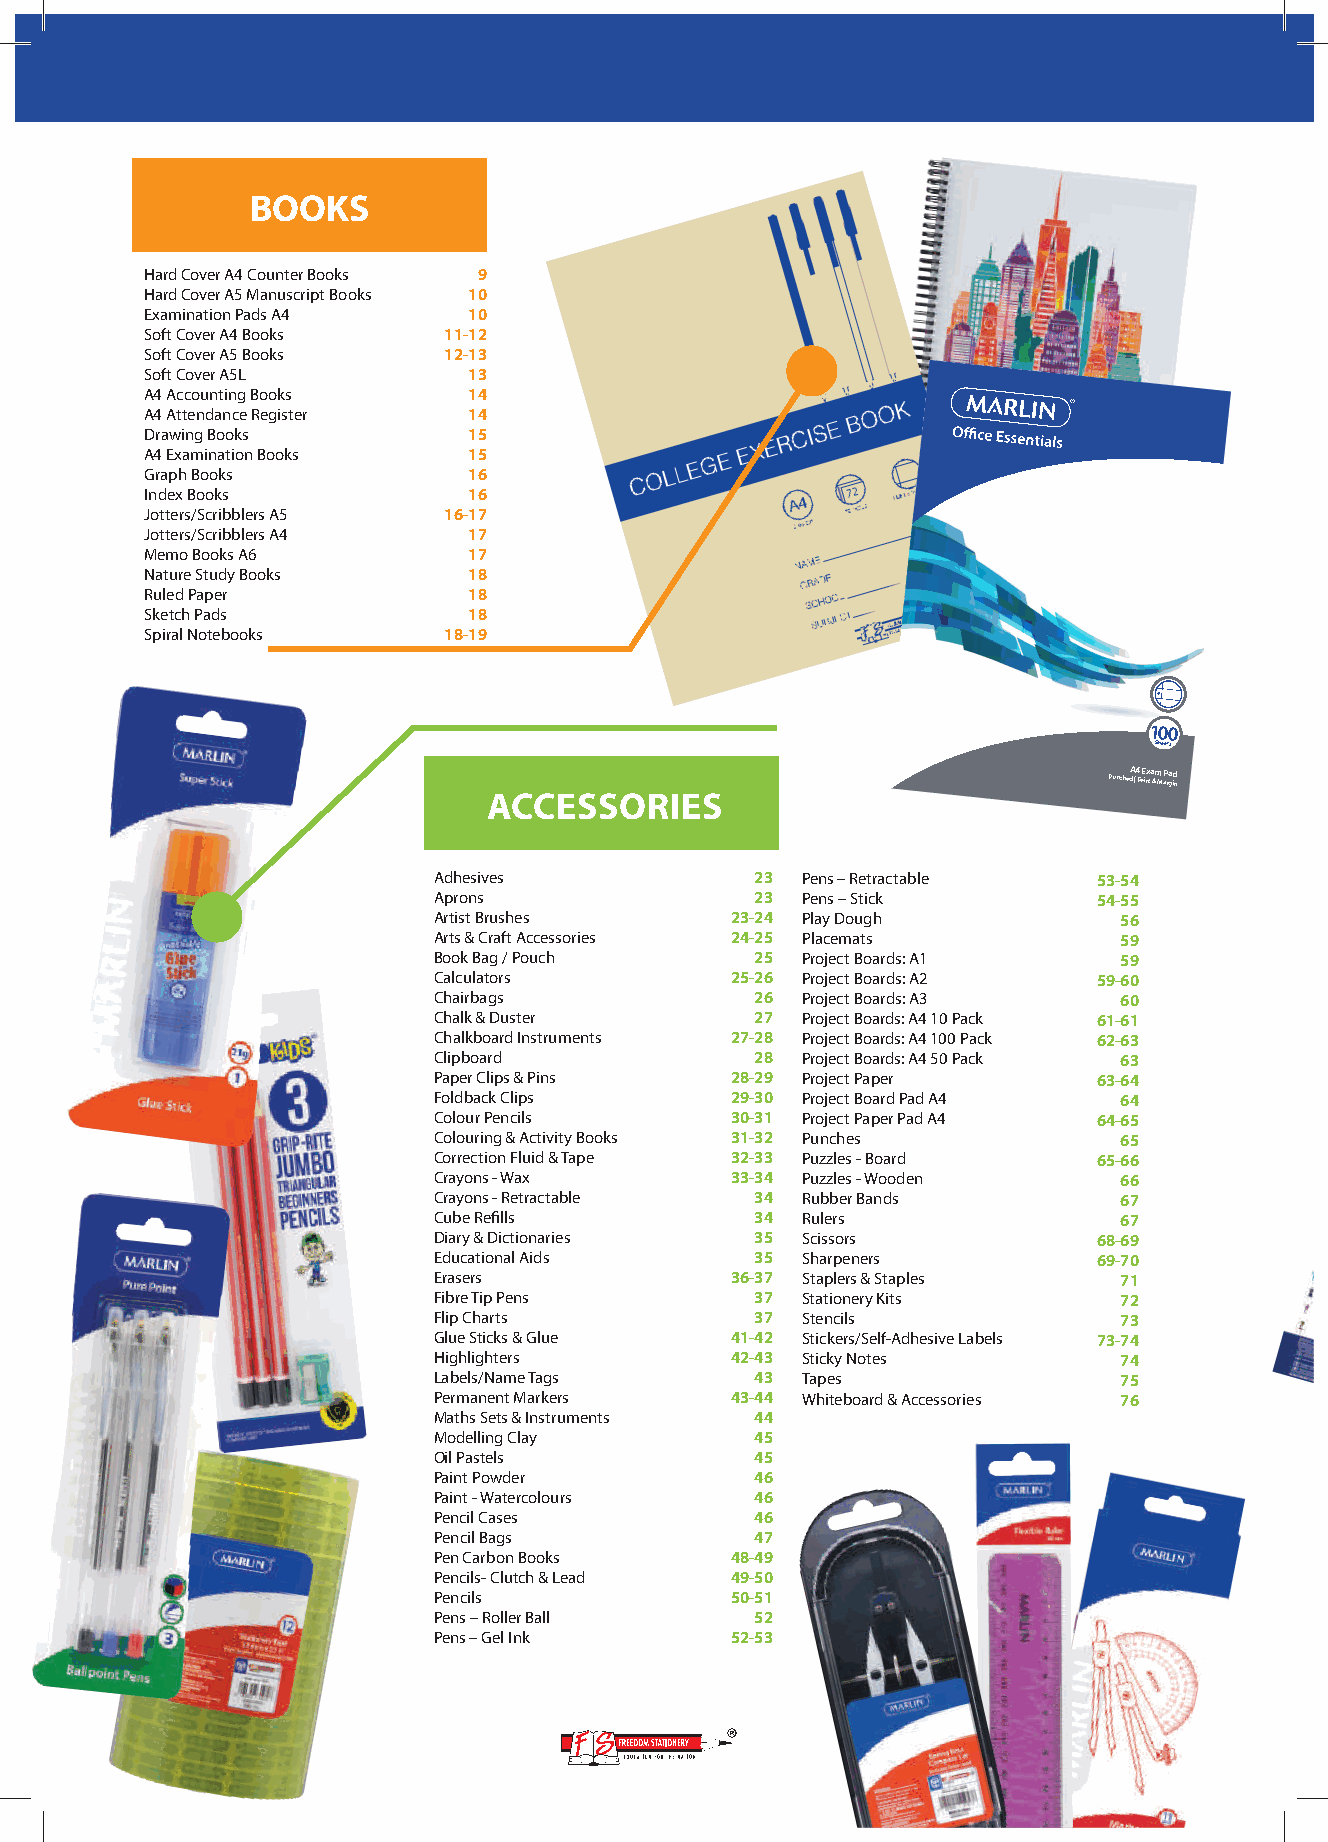
BOOKS
 Hard Cover A4 Counter Books 9
 Hard Cover A5 Manuscript Books 10
 Examination Pads A4  10
 Soft Cover A4 Books 11-12
 Soft Cover A5 Books 12-13
 Soft Cover A5L       13
 A4 Accounting Books  14
 A4 Attendance Register 14
 Drawing Books        15
 A4 Examination Books 15
 Graph Books          16
 Index Books          16
 Jotters/Scribblers A5 16-17
 Jotters/Scribblers A4 17
 Memo Books A6        17
 Nature Study Books   18
 Ruled Paper          18
 Sketch Pads          18
 Spiral Notebooks   18-19
 100
 Sheets
 PunchedA |4
 F
 eE inx ta &m
 M
 aP rga id
 n
 ACCESSORIES
 Adhesives            23 Pens – Retractable  53-54
 Aprons               23 Pens – Stick        54-55
 Artist Brushes     23-24 Play Dough          56
 Arts & Craft Accessories 24-25 Placemats     59
 Book Bag / Pouch     25 Project Boards: A1   59
 Calculators        25-26 Project Boards: A2 59-60
 Chairbags            26 Project Boards: A3   60
 Chalk & Duster       27 Project Boards: A4 10 Pack 61-61
 Chalkboard Instruments 27-28 Project Boards: A4 100 Pack 62-63
 Clipboard            28 Project Boards: A4 50 Pack 63
 Paper Clips & Pins 28-29 Project Paper      63-64
 Foldback Clips     29-30 Project Board Pad A4 64
 Colour Pencils     30-31 Project Paper Pad A4 64-65
 Colouring & Activity Books 31-32 Punches     65
 Correction Fluid & Tape 32-33 Puzzles - Board 65-66
 Crayons - Wax      33-34 Puzzles - Wooden    66
 Crayons - Retractable 34 Rubber Bands        67
 Cube Refills         34 Rulers               67
 Diary & Dictionaries 35 Scissors            68-69
 Educational Aids     35 Sharpeners          69-70
 Erasers            36-37 Staplers & Staples  71
 Fibre Tip Pens       37 Stationery Kits      72
 Flip Charts          37 Stencils             73
 Glue Sticks & Glue 41-42 Stickers/Self-Adhesive Labels 73-74
 Highlighters       42-43 Sticky Notes        74
 Labels/Name Tags     43 Tapes                75
 Permanent Markers  43-44 Whiteboard & Accessories 76
 Maths Sets & Instruments 44
 Modelling Clay       45
 Oil Pastels          45
 Paint Powder         46
 Paint - Watercolours 46
 Pencil Cases         46
 Pencil Bags          47
 Pen Carbon Books   48-49
 Pencils- Clutch & Lead 49-50
 Pencils            50-51
 Pens – Roller Ball   52
 Pens – Gel Ink     52-53
 4